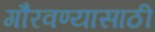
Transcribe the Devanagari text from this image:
गौरवण्यासाठी